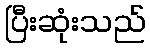
ပြီးဆုံးသည်